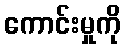
ကောင်းမှုကို